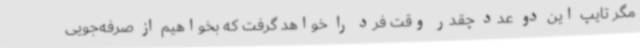
مگر تایپ این دو عدد چقدر وقت فرد را خواهد گرفت که بخواهیم از صرفه‌جویی